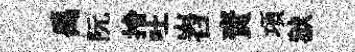
禹阮捨吐岧資項狱